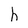
Character: h